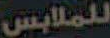
للملابس